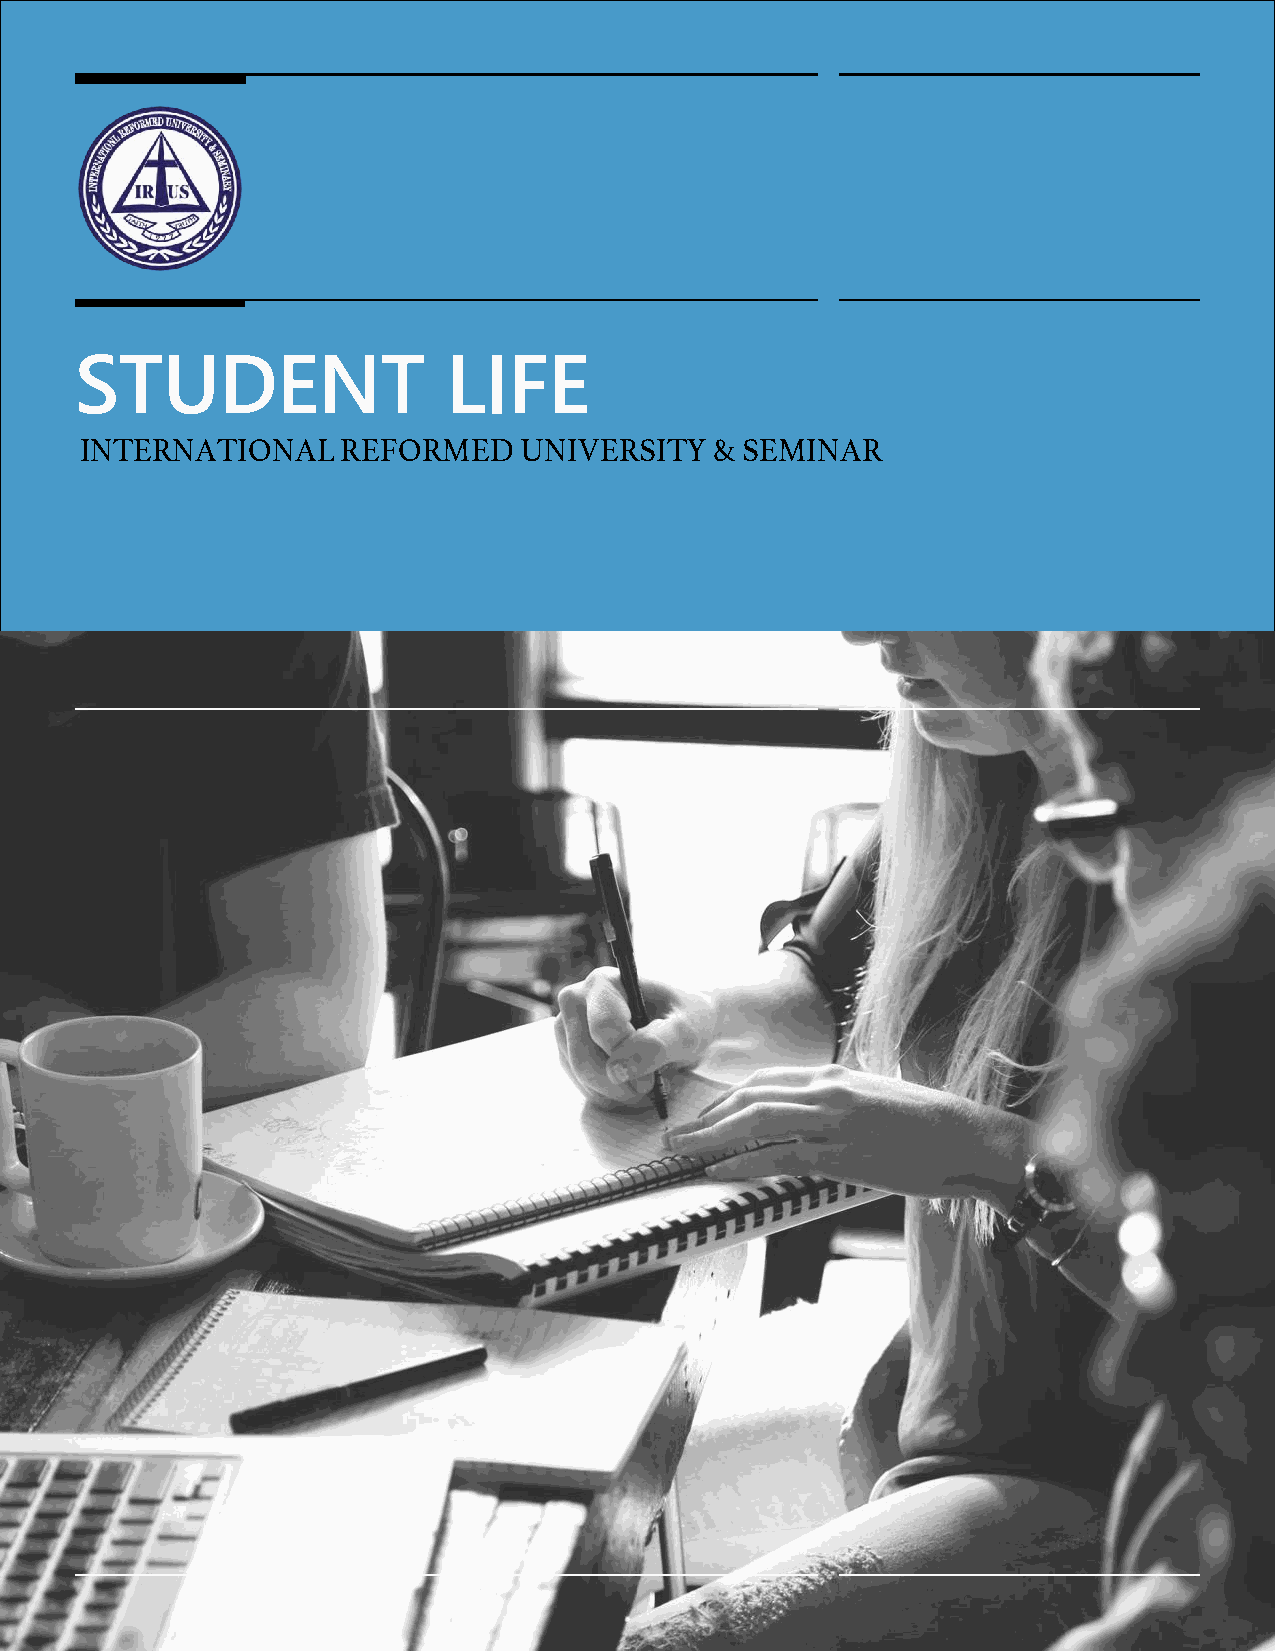
STUDENT                  LIFE
 INTERNATIONAL     REFORMED    UNIVERSITY  & SEMINAR